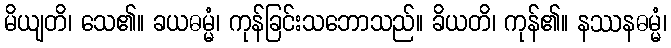
မိယျတိ၊ သေ၏။ ခယဓမ္မံ၊ ကုန်ခြင်းသဘောသည်။ ခိယတိ၊ ကုန်၏။ နဿနဓမ္မံ၊